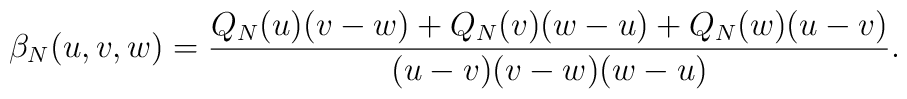
\beta_N(u,v,w)={Q_N(u)(v-w)+Q_N(v)(w-u)+Q_N(w)(u-v)\over (u-v)(v-w)(w-u)}.